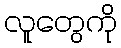
လူတွေကို